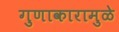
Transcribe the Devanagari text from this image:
गुणाकारामुळे